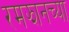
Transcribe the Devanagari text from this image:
रमझानच्या